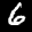
Label: 6